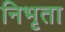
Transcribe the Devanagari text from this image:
निभृता